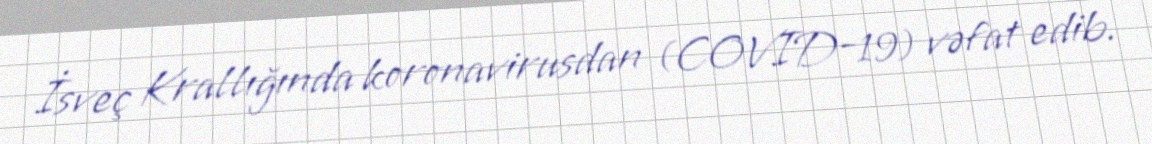
İsveç Krallığında koronavirusdan (COVID-19) vəfat edib.